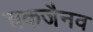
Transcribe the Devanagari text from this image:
चकजैनव